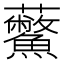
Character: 𧆊